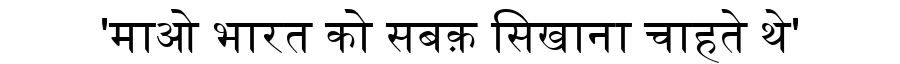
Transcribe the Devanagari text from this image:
'माओ भारत को सबक़ सिखाना चाहते थे'